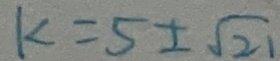
k = 5 \pm \sqrt { 2 1 }